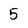
Character: 5